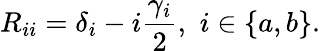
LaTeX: R_{ii}=\delta_{i}-i\frac{\gamma_{i}}{2},\, \, i\in\{ a,b\} .